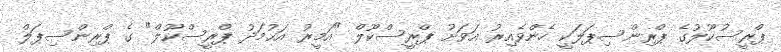
ޕްރީސުކޫލުގެ ޕްރިންސިޕަލަކީ ހެންވެއިރު އަވަށު ޕްރީސްކޫލް "އަމީރު އަޙުމަދު ޕްރީސްކޫލް" ގެ ޕްރިންސިޕަލް